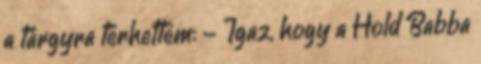
a tárgyra térhettem: - Igaz, hogy a Hold Babba